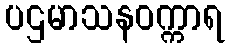
ပဌမာသနဝက္ကာရ